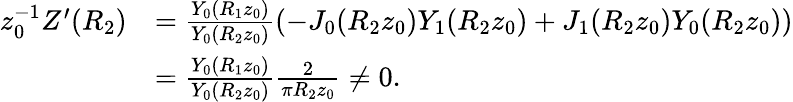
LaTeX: \begin{array}{rl}{z_{0}^{-1}Z^{\prime}(R_{2})}&{=\frac{Y_{0}(R_{1}z_{0})}{Y_{0}(R_{2}z_{0})}\left(-J_{0}(R_{2}z_{0})Y_{1}(R_{2}z_{0})+J_{1}(R_{2}z_{0})Y_{0}(R_{2}z_{0})\right)}\\ &{=\frac{Y_{0}(R_{1}z_{0})}{Y_{0}(R_{2}z_{0})}\frac{2}{\pi R_{2}z_{0}}\ne 0.}\end{array}